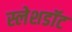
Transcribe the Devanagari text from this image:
स्लेशडॉट